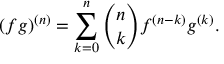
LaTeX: ( f g ) ^ { ( n ) } = \sum _ { k = 0 } ^ { n } { \binom { n } { k } } f ^ { ( n - k ) } g ^ { ( k ) } .